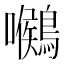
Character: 𪅺